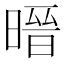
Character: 㬐